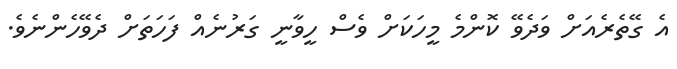
އެ ގޭތެރެއަށް ވަދެވޭ ކޮންމެ މީހަކަށް ވެސް ހީވާނީ ގަރުނެއް ފަހަތަށް ދެވޭހެންނެވެ.